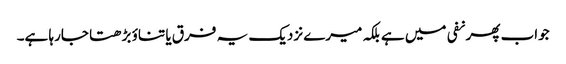
جواب پھر نفی میں ہے بلکہ میرے نزدیک یہ فرق یا تناؤ بڑھتا جارہا ہے۔